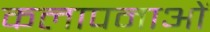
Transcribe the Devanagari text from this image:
कलापनाओं